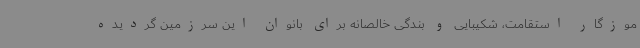
موزگار استقامت، شکیبایی و بندگی خالصانه برای بانوان این سرزمین گردیده